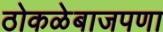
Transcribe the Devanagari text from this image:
ठोकळेबाजपणा